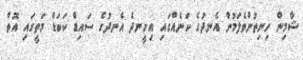
ޝާމިން ހިނިތުންވެލަމުން އެނދުގެ ކަނެއްގައި އިށީނދެ އެނދުގެ ސައިޑް ކަބަޑް މަތީގައި އޮތް